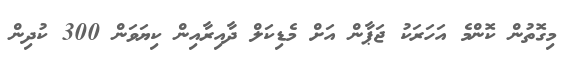
މިގޮތުން ކޮންމެ އަހަރަކު ޖަޕާން އަށް މެޑިކަލް ދާއިރާއިން ކިޔަވަން 300 ކުދިން